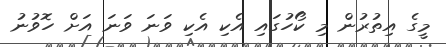
މީގެ އިތުރުން މި ކޯހުގައި އެކި އެކި ވަނަ ވަނަ އަށް ހޮވުނު